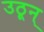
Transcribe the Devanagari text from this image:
उठून्